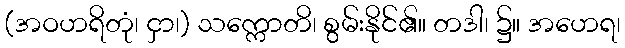
(အဝဟရိတုံ၊ ငှာ၊) သက္ကောတိ၊ စွမ်းနိုင်၏။ တဒါ၊ ၌။ အဟေရ၊